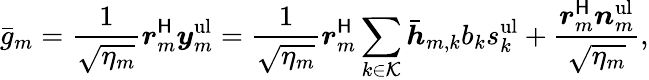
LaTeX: \bar{g}_{m}=\frac{1}{\sqrt{\eta_{m}}}\boldsymbol{r}_{m}^{\sf H}\boldsymbol{y}_{m}^{\mathrm{ul}}=\frac{1}{\sqrt{\eta_{m}}}\boldsymbol{r}_{m}^{\sf H}\sum_{k\in\mathcal{K}}\bar{\boldsymbol{h}}_{m,k}b_{k}s_{k}^{\mathrm{ul}}+\frac{\boldsymbol{r}_{m}^{\sf H}\boldsymbol{n}_{m}^{\mathrm{ul}}}{\sqrt{\eta_{m}}},